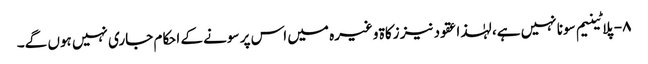
۸- پلاٹینیم سونا نہیں ہے، لہٰذا عقود نیز زکاۃ وغیرہ میں اس پر سونے کے احکام جاری نہیں ہوں گے۔